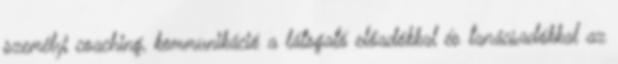
személyi coaching, kommunikáció a látogató előadókkal és tanácsadókkal az